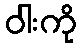
ဝါးကို